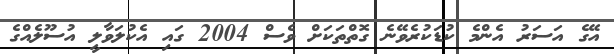
އޭގެ އަސަރު އެންމެ ކުޑަކުރެވޭނެ ގޮތްތަކަށް ވެސް 2004 ގައި އެކުލަވާލީ އުސޫލެއްގެ